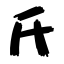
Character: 氏